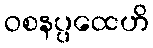
ဝစနပ္ပထေဟိ